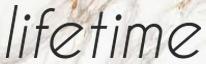
lifetime